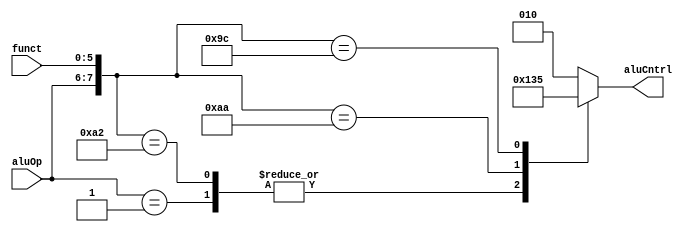
module aluControl (
    input  wire [1:0] aluOp,
    input  wire [5:0] funct,
    output reg  [2:0] aluCntrl
    
);
always @(*) begin
    casex ({aluOp,funct})
    
        8'b00xxxxxx: aluCntrl = 3'b010; // ADD FOR THE ADDRESS OFFSET

        8'b01xxxxxx: aluCntrl = 3'b100;

        8'b10100000: aluCntrl = 3'b010;  // ADD " R TYPE "

        8'b10100010: aluCntrl = 3'b100;  // SUB " R TYPE "

        8'b10101010: aluCntrl = 3'b110;  // SLT

        8'b10011100: aluCntrl = 3'b101;  // Mul

        default: aluCntrl = 3'b010;
    endcase
end
endmodule